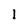
Character: l